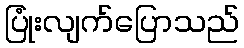
ပြုံးလျက်ပြောသည်